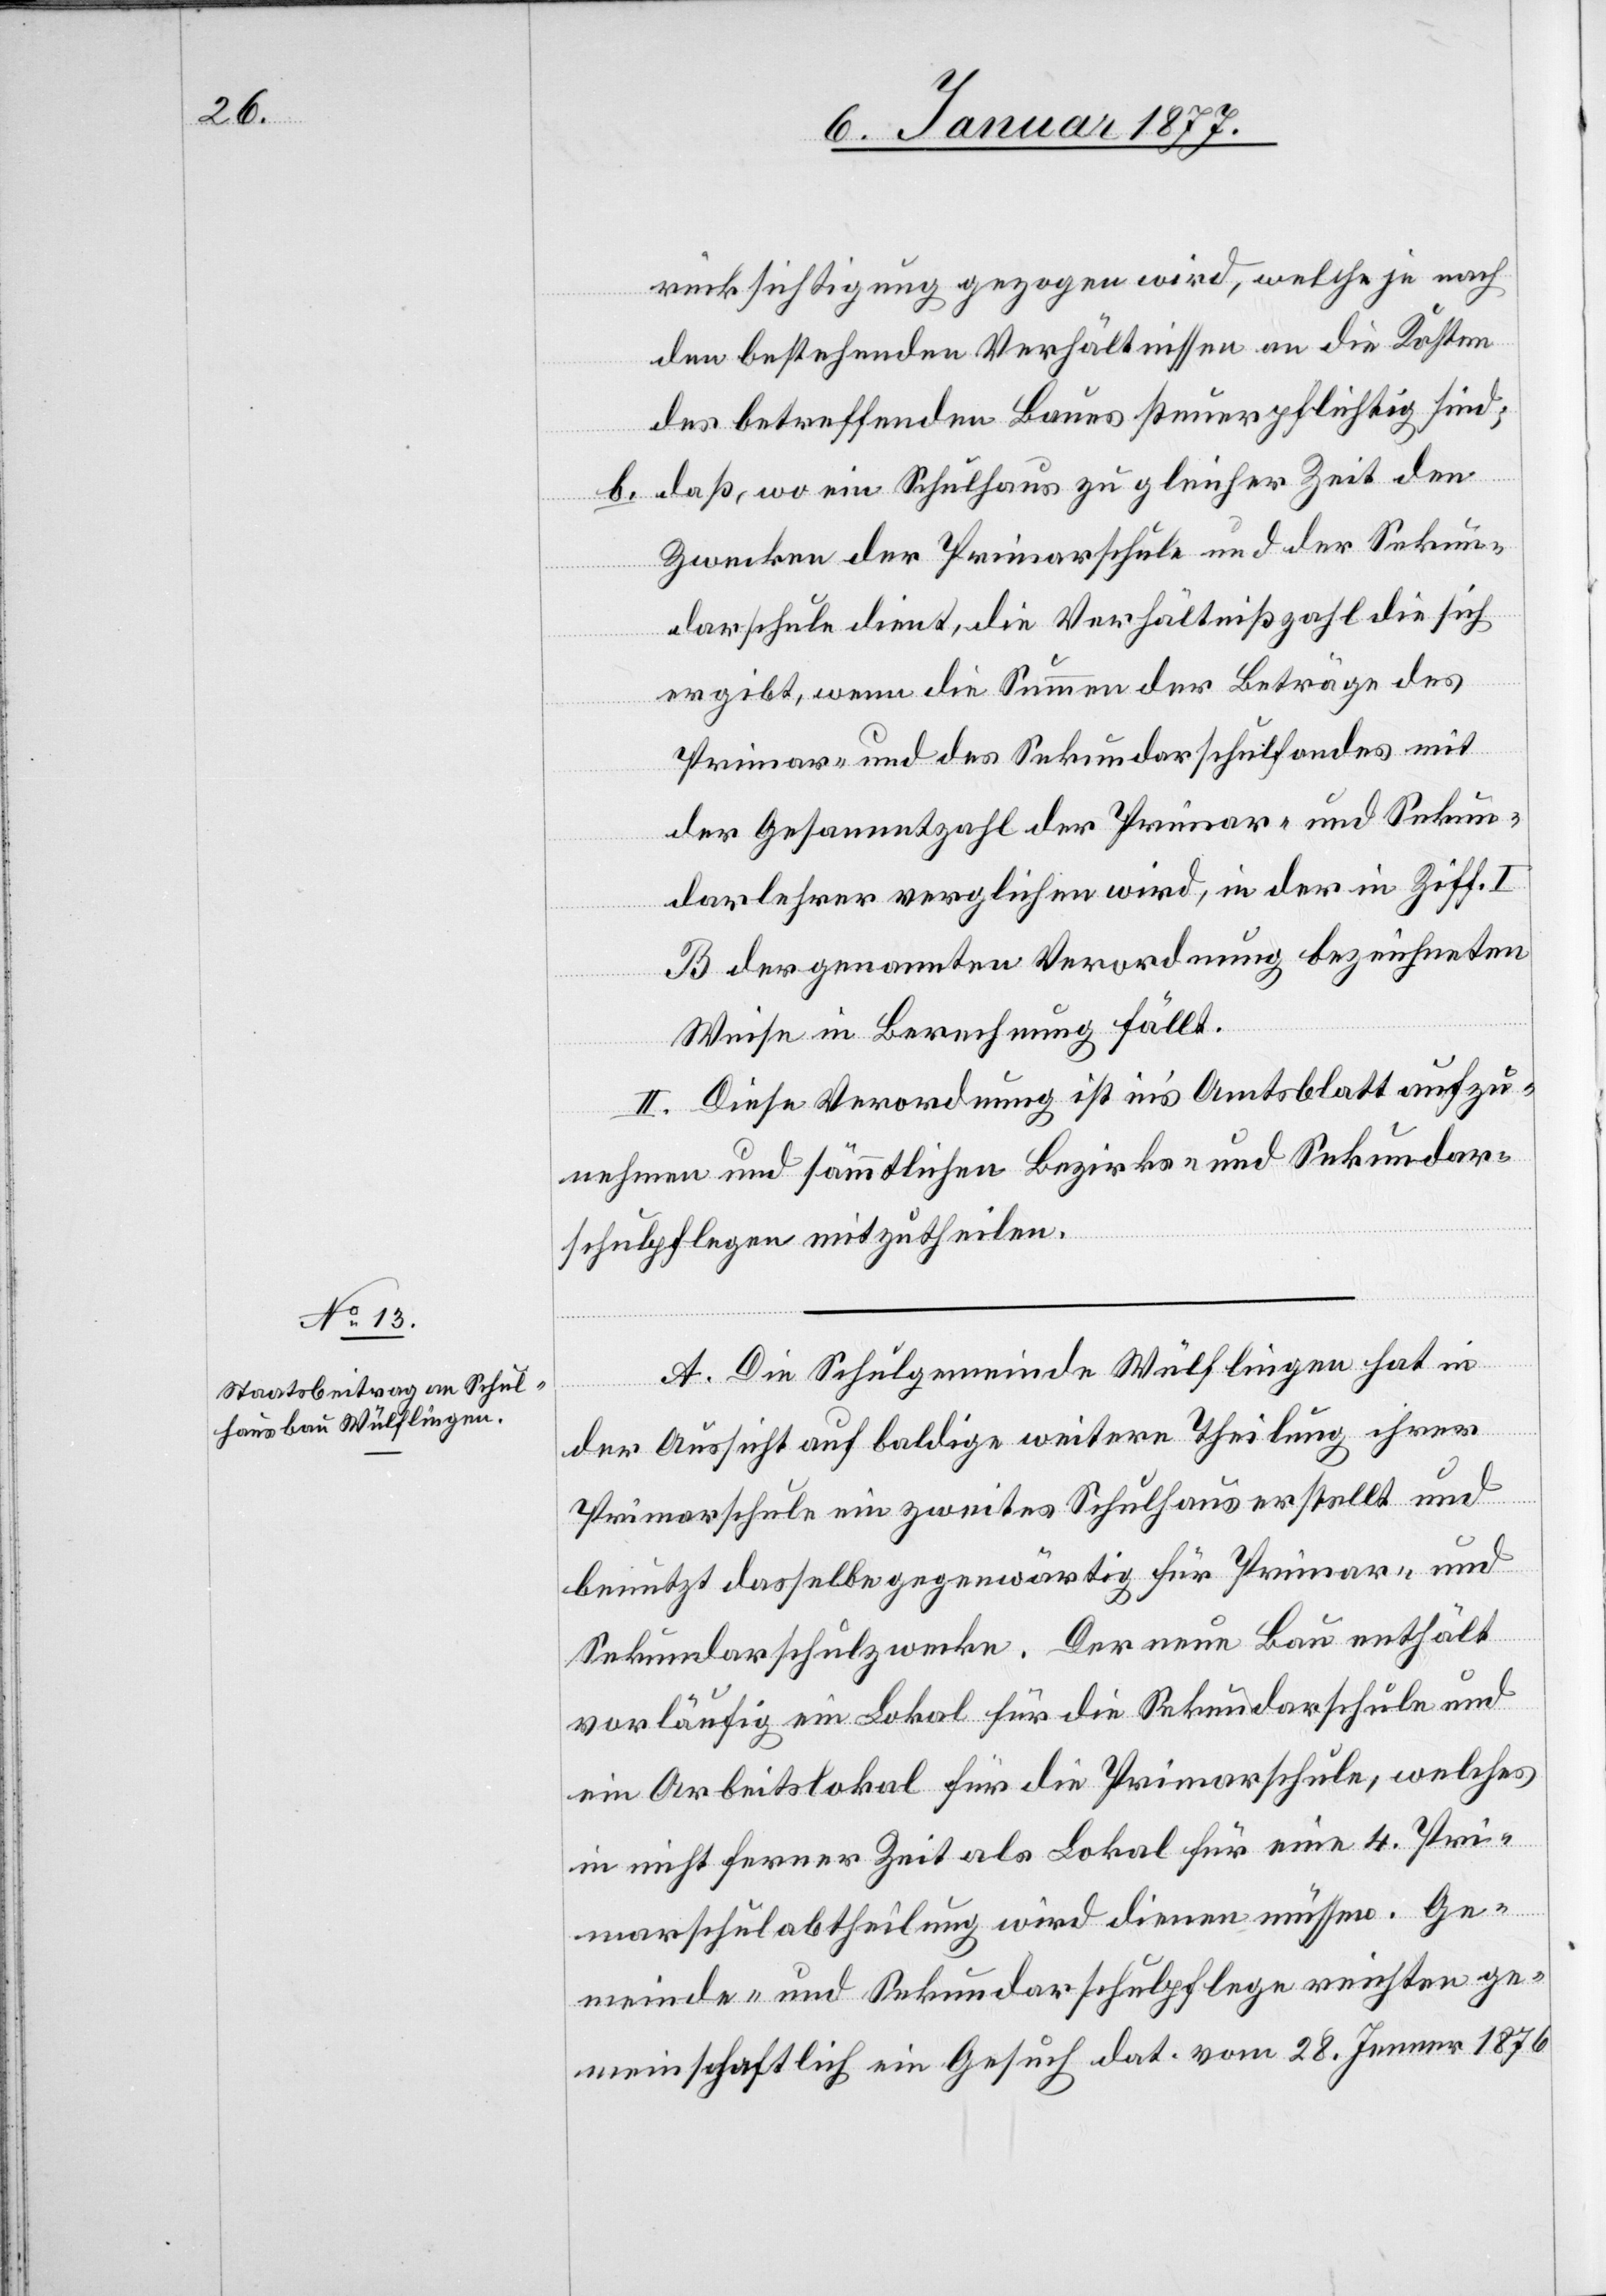
rücksichtigung gezogen wird, welche je nach
den bestehenden Verhältnissen an die Kosten
des betreffenden Baues steuerpflichtig sind;
b. daß, wo ein Schulhaus zu gleicher Zeit den
Zwecken der Primarschule und der Sekun¬
darschule dient, die Verhältnißzahl die sich
ergibt, wenn die Summe der Beträge des
Primar- und des Sekundarschulfondes mit
der Gesammtzahl der Primar- und Sekun¬
darlehrer verglichen wird, in der in Ziff. I
B der genannten Verordnung bezeichneten
Weise in Berechnung fällt.
II. Diese Verordnung ist in’s Amtsblatt aufzu¬
nehmen und sämmtlichen Bezirks- und Sekundar¬
schulpflegen mitzutheilen.
A. Die Schulgemeinde Wülflingen hat in
der Aussicht auf baldige weitere Theilung ihrer
Primarschule ein zweites Schulhaus erstellt und
benutzt dasselbe gegenwärtig für Primar- und
Sekundarschulzwecke. Der neue Bau enthält
vorläufig ein Lokal für die Sekundarschule und
ein Arbeitslokal für die Primarschule, welches
in nicht ferner Zeit als Lokal für eine 4. Pri¬
marschulabtheilung wird dienen müssen. Ge¬
meinde- und Sekundarschulpflege reichten ge¬
meinschaftlich ein Gesuch dat. vom 28. Januar 1876